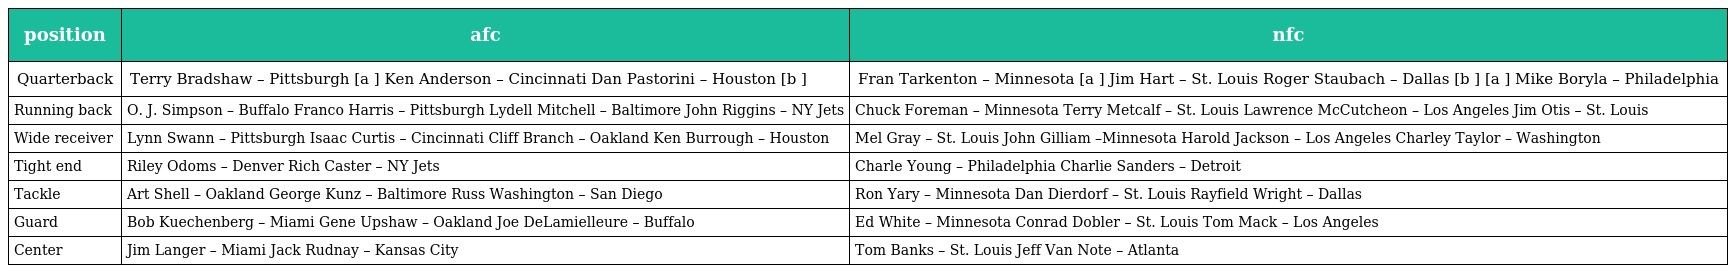
| position | afc | nfc |
 | --- | --- | --- |
 | Quarterback | Terry Bradshaw – Pittsburgh [a ] Ken Anderson – Cincinnati Dan Pastorini – Houston [b ] | Fran Tarkenton – Minnesota [a ] Jim Hart – St. Louis Roger Staubach – Dallas [b ] [a ] Mike Boryla – Philadelphia |
 | Running back | O. J. Simpson – Buffalo Franco Harris – Pittsburgh Lydell Mitchell – Baltimore John Riggins – NY Jets | Chuck Foreman – Minnesota Terry Metcalf – St. Louis Lawrence McCutcheon – Los Angeles Jim Otis – St. Louis |
 | Wide receiver | Lynn Swann – Pittsburgh Isaac Curtis – Cincinnati Cliff Branch – Oakland Ken Burrough – Houston | Mel Gray – St. Louis John Gilliam –Minnesota Harold Jackson – Los Angeles Charley Taylor – Washington |
 | Tight end | Riley Odoms – Denver Rich Caster – NY Jets | Charle Young – Philadelphia Charlie Sanders – Detroit |
 | Tackle | Art Shell – Oakland George Kunz – Baltimore Russ Washington – San Diego | Ron Yary – Minnesota Dan Dierdorf – St. Louis Rayfield Wright – Dallas |
 | Guard | Bob Kuechenberg – Miami Gene Upshaw – Oakland Joe DeLamielleure – Buffalo | Ed White – Minnesota Conrad Dobler – St. Louis Tom Mack – Los Angeles |
 | Center | Jim Langer – Miami Jack Rudnay – Kansas City | Tom Banks – St. Louis Jeff Van Note – Atlanta |